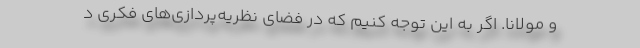
و مولانا. اگر به این توجه کنیم که در فضای نظریه‌پردازی‌های فکری د